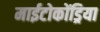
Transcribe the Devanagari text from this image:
माईटोकोंड्रिया